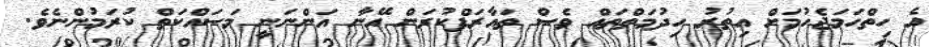
އެ ހިތްހަމަޖެހުމަށް އިތުރު ހިދުމަތްތައް ވެސް ތައާރަފްކުރަން އޭނާ އަންނަނީ މަސައްކަތް ކުރަމުންނެވެ.